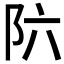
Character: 𲉊